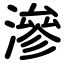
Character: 滲